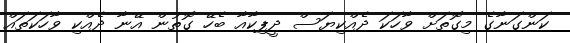
ކަންގަނާގެ މިގޮތަށް ވާހަކަ ދެއްކިޔަސް ދީޕިކާއާ ބެހޭ ގޮތުން އޭނާ ދެއްކި ވާހަކަތައް